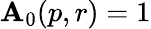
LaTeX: \mathbf{A}_{0}(p,r)=1